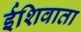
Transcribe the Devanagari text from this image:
ईशिवाता